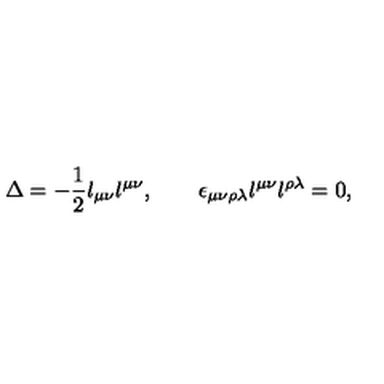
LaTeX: \Delta = - { \frac { 1 } { 2 } } l _ { \mu \nu } l ^ { \mu \nu } , \quad \quad \epsilon _ { \mu \nu \rho \lambda } l ^ { \mu \nu } l ^ { \rho \lambda } = 0 ,